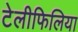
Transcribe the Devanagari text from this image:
टेलीफिलिया